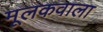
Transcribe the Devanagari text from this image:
मूलकवाला